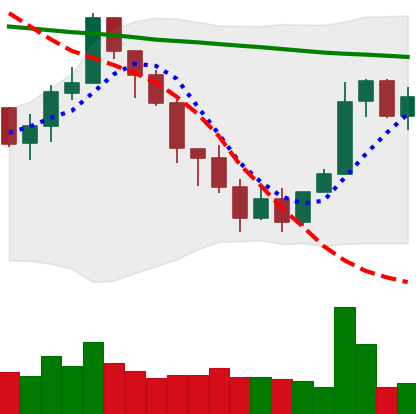
Ticker: XMR-USD
Chart end date: 2022-01-16
Forward return: -23.216%
Label: down_7plus